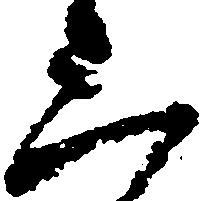
三